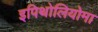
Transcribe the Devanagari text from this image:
इपिथोलियोमा